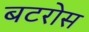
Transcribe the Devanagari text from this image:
बटरोस